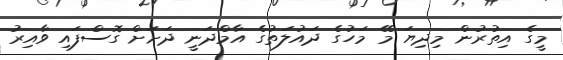
މީގެ އިތުރުން މިދިޔަ މޭ މަހުގެ ދައުލަތުގެ އާމްދަނީ ދަށަށް ގޮސްފައި ވާއިރު